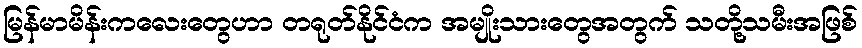
မြန်မာမိန်းကလေးတွေဟာ တရုတ်နိုင်ငံက အမျိုးသားတွေအတွက် သတို့သမီးအဖြစ်